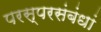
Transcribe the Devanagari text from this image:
परस्परसंबंधां